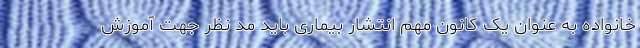
خانواده به عنوان یک کانون مهم انتشار بیماری باید مد نظر جهت آموزش